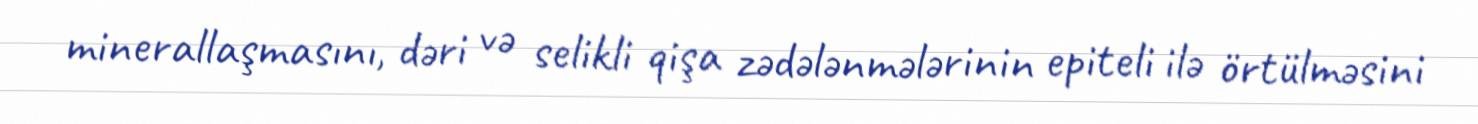
minerallaşmasını, dəri və selikli qişa zədələnmələrinin epiteli ilə örtülməsini